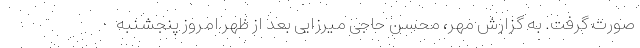
صورت گرفت. به گزارش مهر، محسن حاجی میرزایی بعد از ظهر امروز پنجشنبه